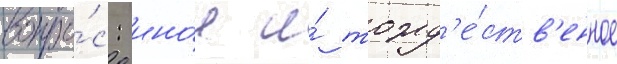
вопро́с: ино́е и́ тожд'е́ств'енное